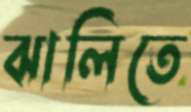
ঝালিতে